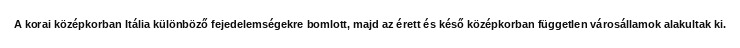
A korai középkorban Itália különböző fejedelemségekre bomlott, majd az érett és késő középkorban független városállamok alakultak ki.